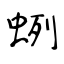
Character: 蛚